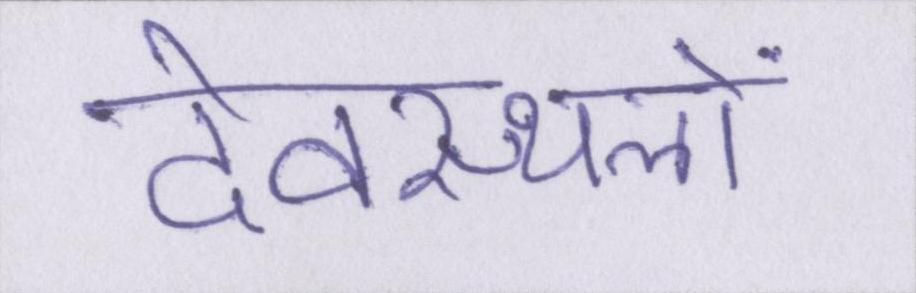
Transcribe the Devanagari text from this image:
देवस्थलों